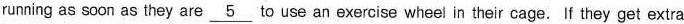
running as soon as they are \underline{5} to use an exercise whee! in their cage. If they get extra